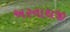
અરનાથજી